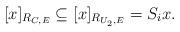
LaTeX: \begin{align*}[x]_{R_{C,E}} \subseteq [x]_{R_{U_2,E}} = S_i x .\end{align*}